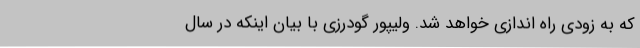
که به زودی راه اندازی خواهد شد. ولیپور گودرزی با بیان اینکه در سال